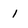
Character: 1